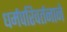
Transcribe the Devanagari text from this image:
धर्मपरिवर्तनाने